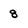
Character: 8